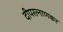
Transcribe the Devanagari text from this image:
दीपरत्नाणकर